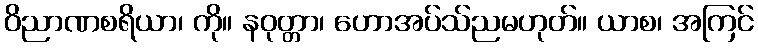
ဝိညာဏစရိယာ၊ ကို။ နဝုတ္တာ၊ ဟောအပ်သ်ညမဟုတ်။ ယာစ၊ အကြင်